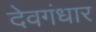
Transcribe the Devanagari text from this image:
देवगंधार